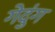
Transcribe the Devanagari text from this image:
गेदुंग